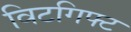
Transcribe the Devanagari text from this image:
विटगिफ्ट